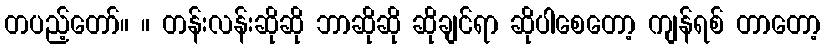
တပည့်တော်။ ။ တန်းလန်းဆိုဆို ဘာဆိုဆို ဆိုချင်ရာ ဆိုပါစေတော့ ကျန်ရစ် တာတော့